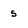
Character: 5